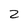
Character: 2